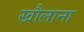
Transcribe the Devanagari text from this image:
खौलाना